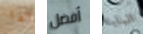
اذا أفضل البابا